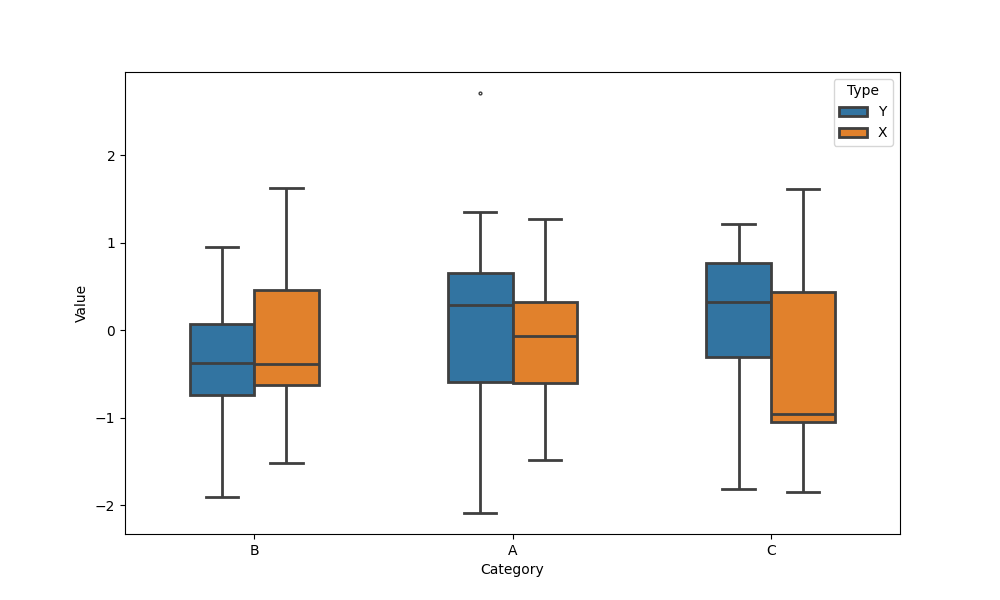
python, seaborn, boxplot, width=0.5, linewidth=2, fliersize=2, notch=False